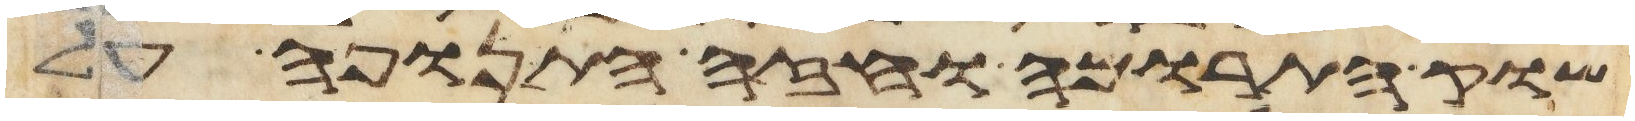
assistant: שוק התרומה וחזה התנופה על